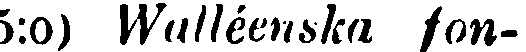
5:o) Wulléenska fon-